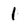
Character: 1